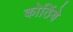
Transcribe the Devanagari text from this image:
कोठिंबे